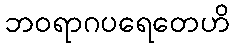
ဘဝရာဂပရေတေဟိ